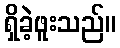
ရှိခဲ့ဖူးသည်။